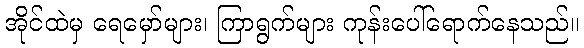
အိုင်ထဲမှ ရေမှော်များ၊ ကြာရွက်များ ကုန်းပေါ်ရောက်နေသည်။